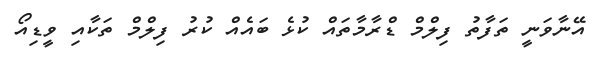
އޭނާވަނީ ތަފާތު ފިލްމް ޑްރާމާތައް ކުޅެ ބައެއް ކުރު ފިލްމް ތަކާއި ވީޑިއޯ